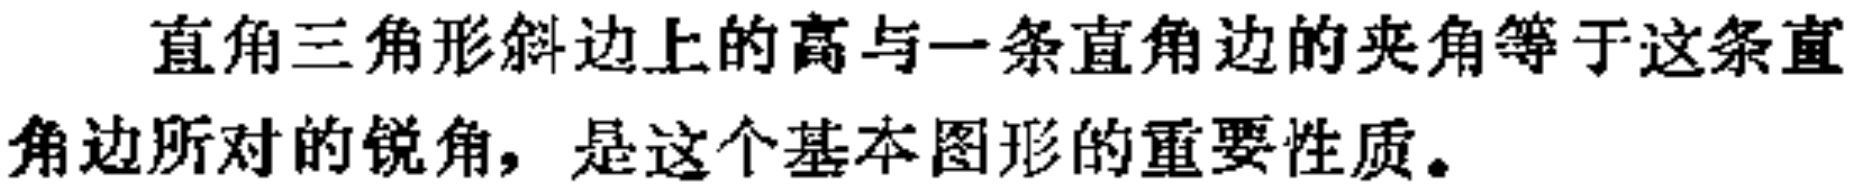
直角三角形斜边上的高与一条直角边的夹角等于这条直角边所对的锐角，是这个基本图形的重要性质。